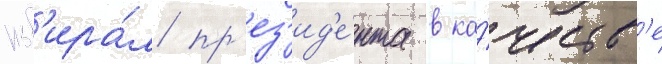
изб'ира́л пр'ез'ид'е́нта в ка́честв'е